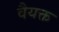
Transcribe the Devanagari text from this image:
वैयक्त